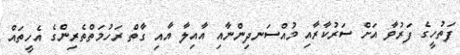
ފަތުހީގެ ފަރުވާ އަށް ސަރުކާރާއި މުއްސަނދިންނާއި އާއިލާ އާއި ގާތް ރަހުމަތްތެރިންގެ އެހީތައް